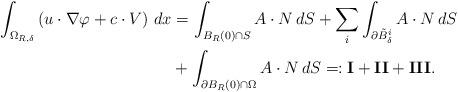
LaTeX: \begin{align*}\int_{\Omega_{R,\delta}} \left( u \cdot \nabla \varphi + c \cdot V \right) \, dx & = \int_{B_R(0) \cap S} A \cdot N \, dS + \sum_i \int_{\partial \tilde B^i_\delta} A \cdot N \, dS \\& + \int_{\partial B_R(0) \cap \Omega} A \cdot N \, dS =: \mathbf{I} + \mathbf{II} + \mathbf{III}.\end{align*}